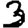
Digit: 3